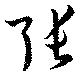
張